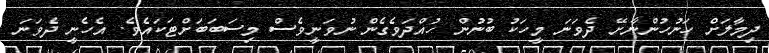
ދިމާލަށް ހަނުހުންނާށޭ ދެވަނަ މީހަކު ބުނުން ހުއްދަވެގެން ނުވަނީވެސް މިސަބަބަށްޓަކައެވެ. އެހެނީ ދެވަނަ